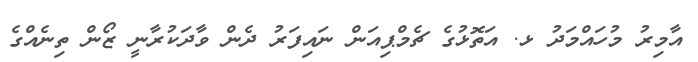
އާމިރު މުހައްމަދު ޅ. އަތޮޅުގެ ޗެމްޕިއަން ނައިފަރު ދެން ވާދަކުރާނީ ޒޯން ތިނެއްގެ